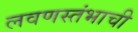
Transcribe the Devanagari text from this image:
लवणस्तंभाची